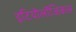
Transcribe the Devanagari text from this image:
इटियोलॉजिकल